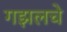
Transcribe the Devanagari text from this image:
गझलचे